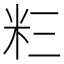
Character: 𮇅